Jaan_Tonisson_(Lasteleht), lk 192
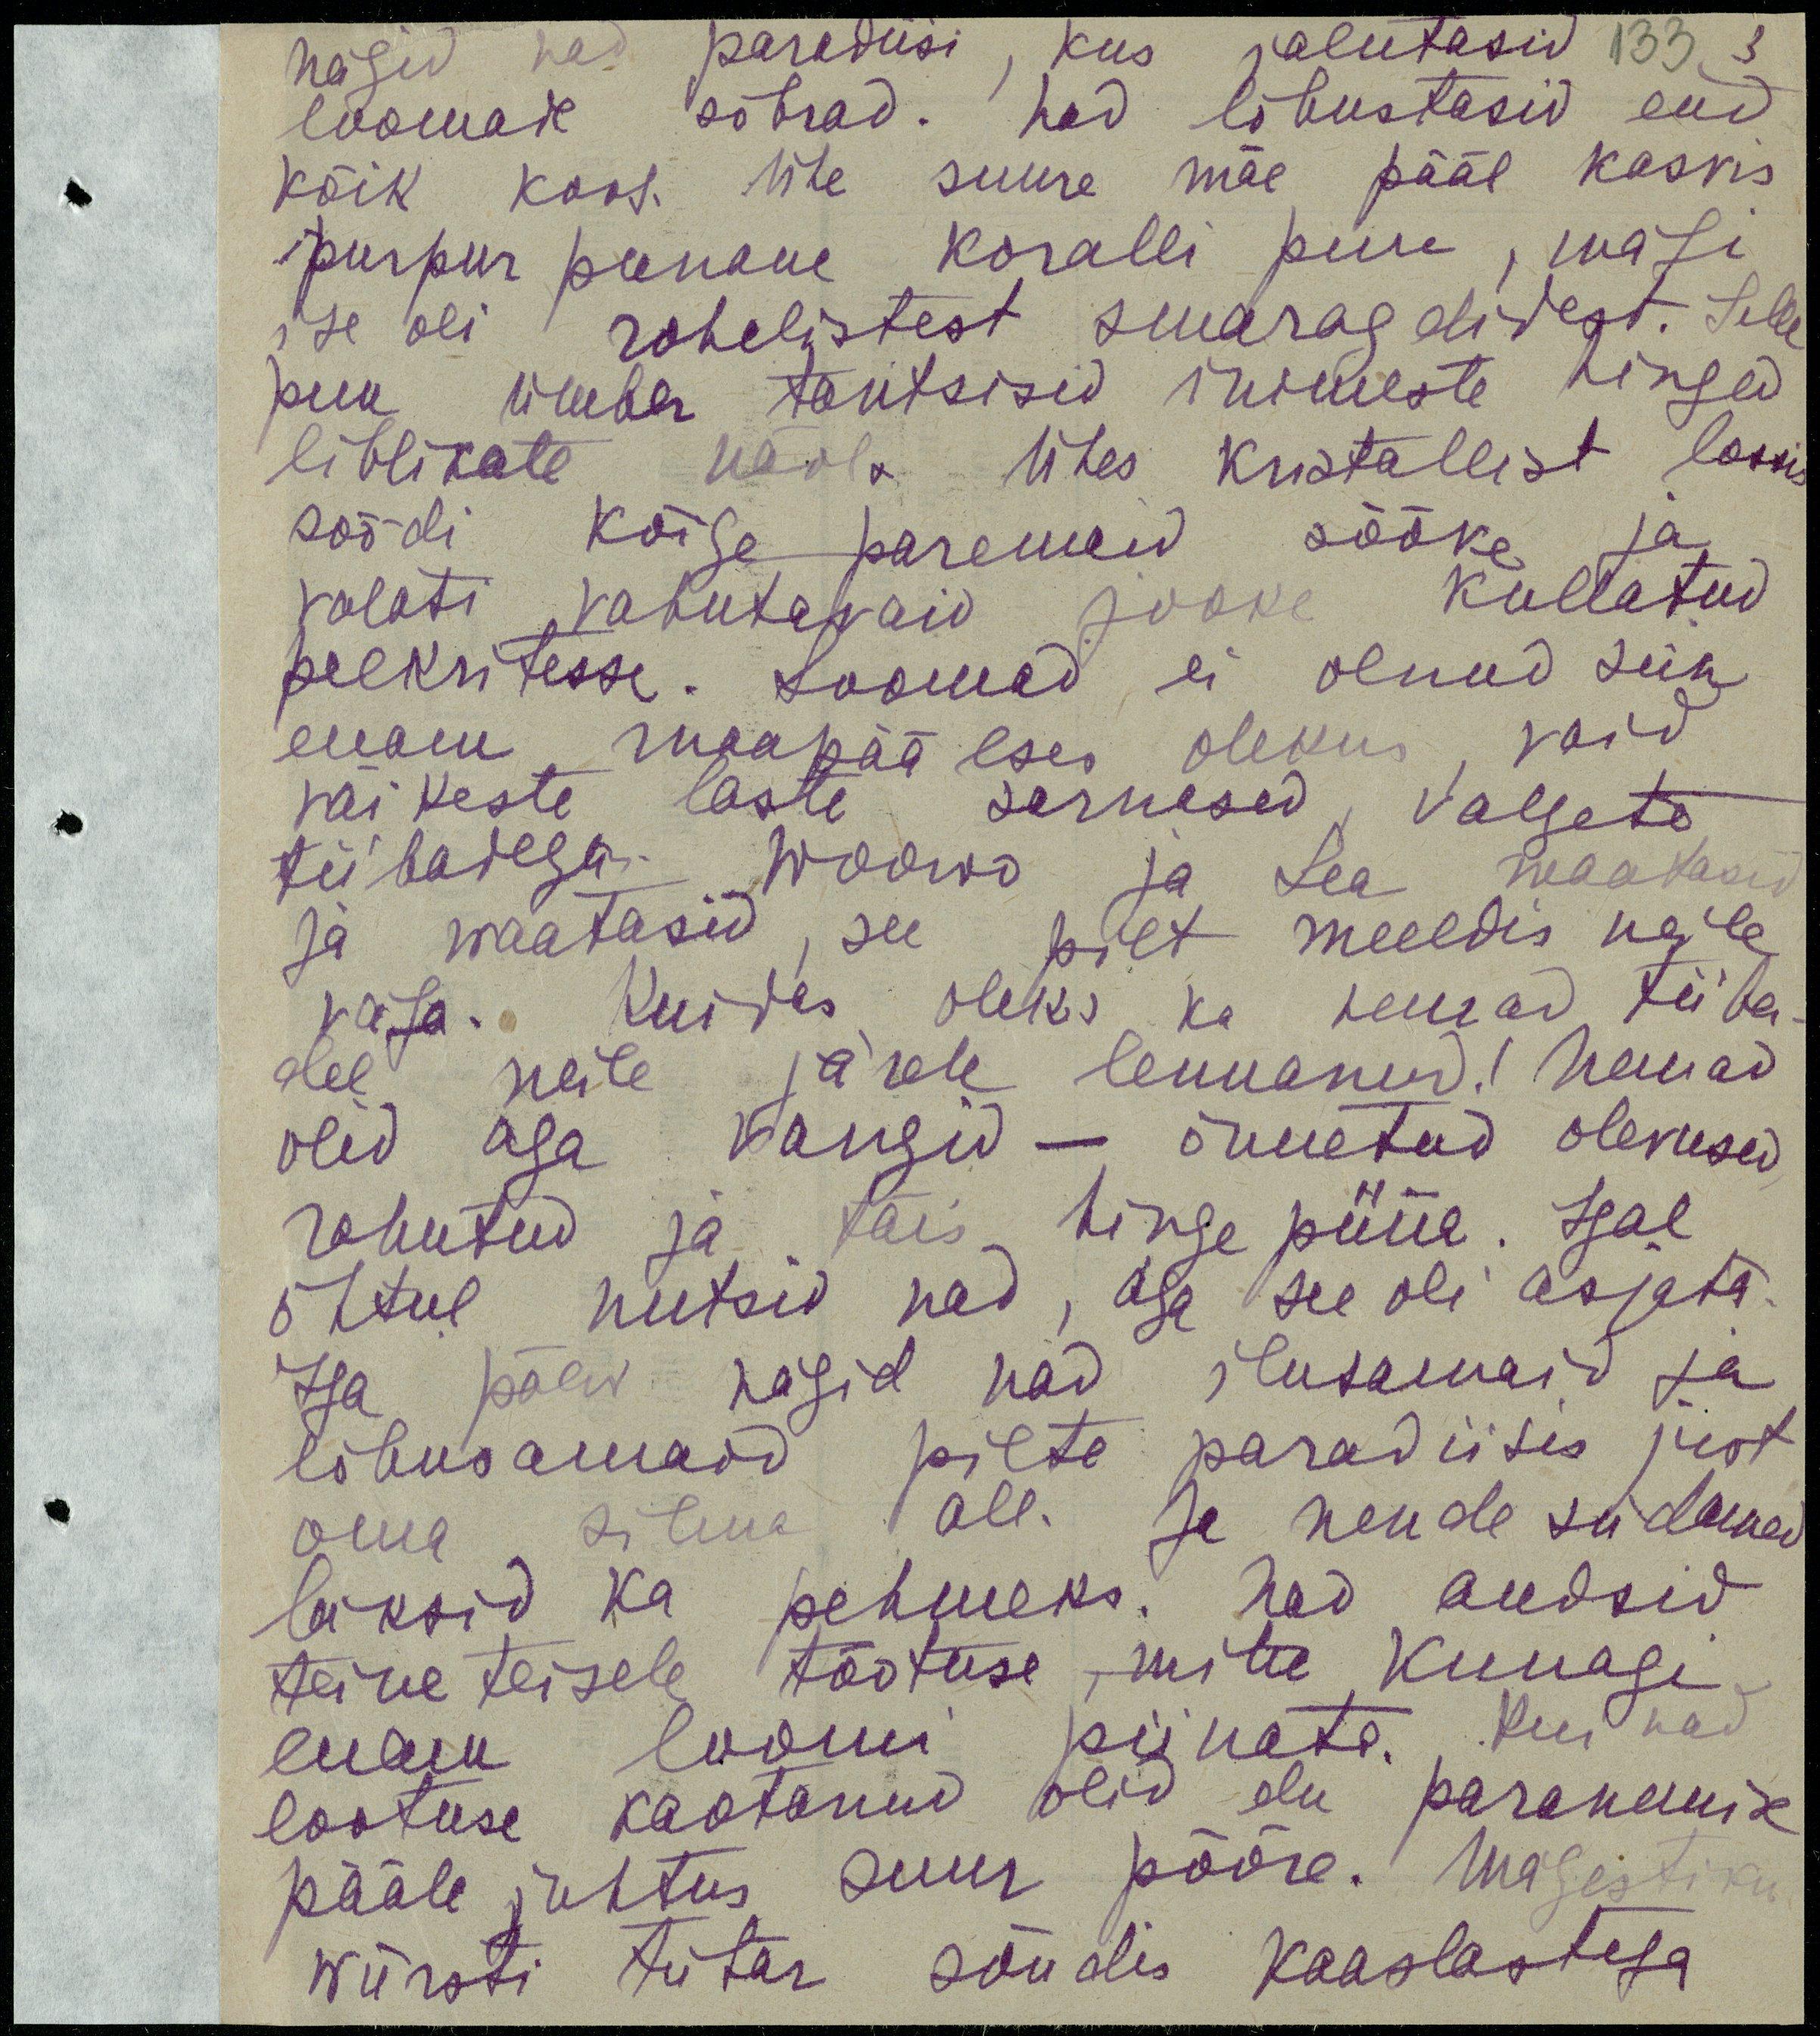
nägid nad paradiisi, kus jalutasid
loomade sõbrad. Nad lõbustasid end
kõik koos. Ühe suure mäe pääl kasvis
purprur punane koralli puu, mägi
ise oli rohelistest smaragdidest. Selle
puu ümber tantsisid inimeste hinged 
liblikate näol. Ühes kristallidest lossi
söödi kõige paremaid sööke ja
valati vahutavaid jooke kullatud
peekritesse. Loomad ei olnud siin
enam maapäälses olekus, vaid
väikeste laste sarnased valgete
tiibadega Woowo ja Lea waatasid
ja waatasid, see pilt meeldis neile
väga. Kuidas oleks ka nemad tiiba-
del neile järele lennanud! Nemad
olid aga vangis - õnnetud olevused
rahutud ja täis hinge püüd. Igal
õhtul nutsid nad, aga see oli asjatu.
Iga päev nägid nad, ilusamaid ja
lõbusamaid pilte paradiisis just
oma, silma all. Ja nende südamed
läksid ka pehmeks. Nad andsid
teine teisele tõotuse mtte kunagi 
enam loomi piinata. Kui nad
lootuse kaotanud olid elu paranemise
pääle juhtus suur pööre. Majestiku
würsti tütar sõudis kaaslastega